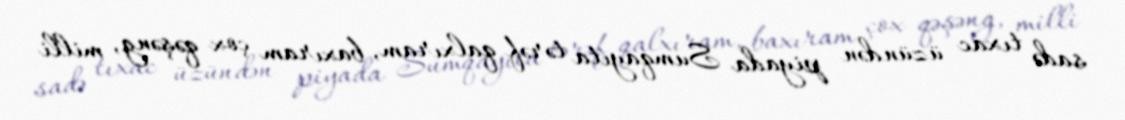
sadə tıxac üzündən piyada Sumqayıta tərəf qalxıram, baxıram çox qəşəng, milli